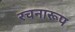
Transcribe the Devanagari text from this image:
रचनारूप